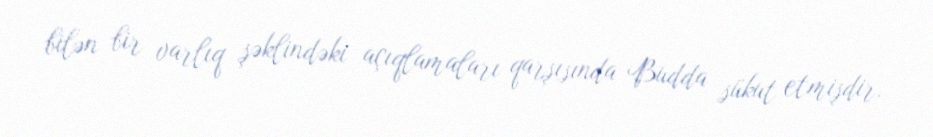
bilən bir varlıq şəklindəki açıqlamaları qarşısında Budda sükut etmişdir.